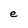
Character: e